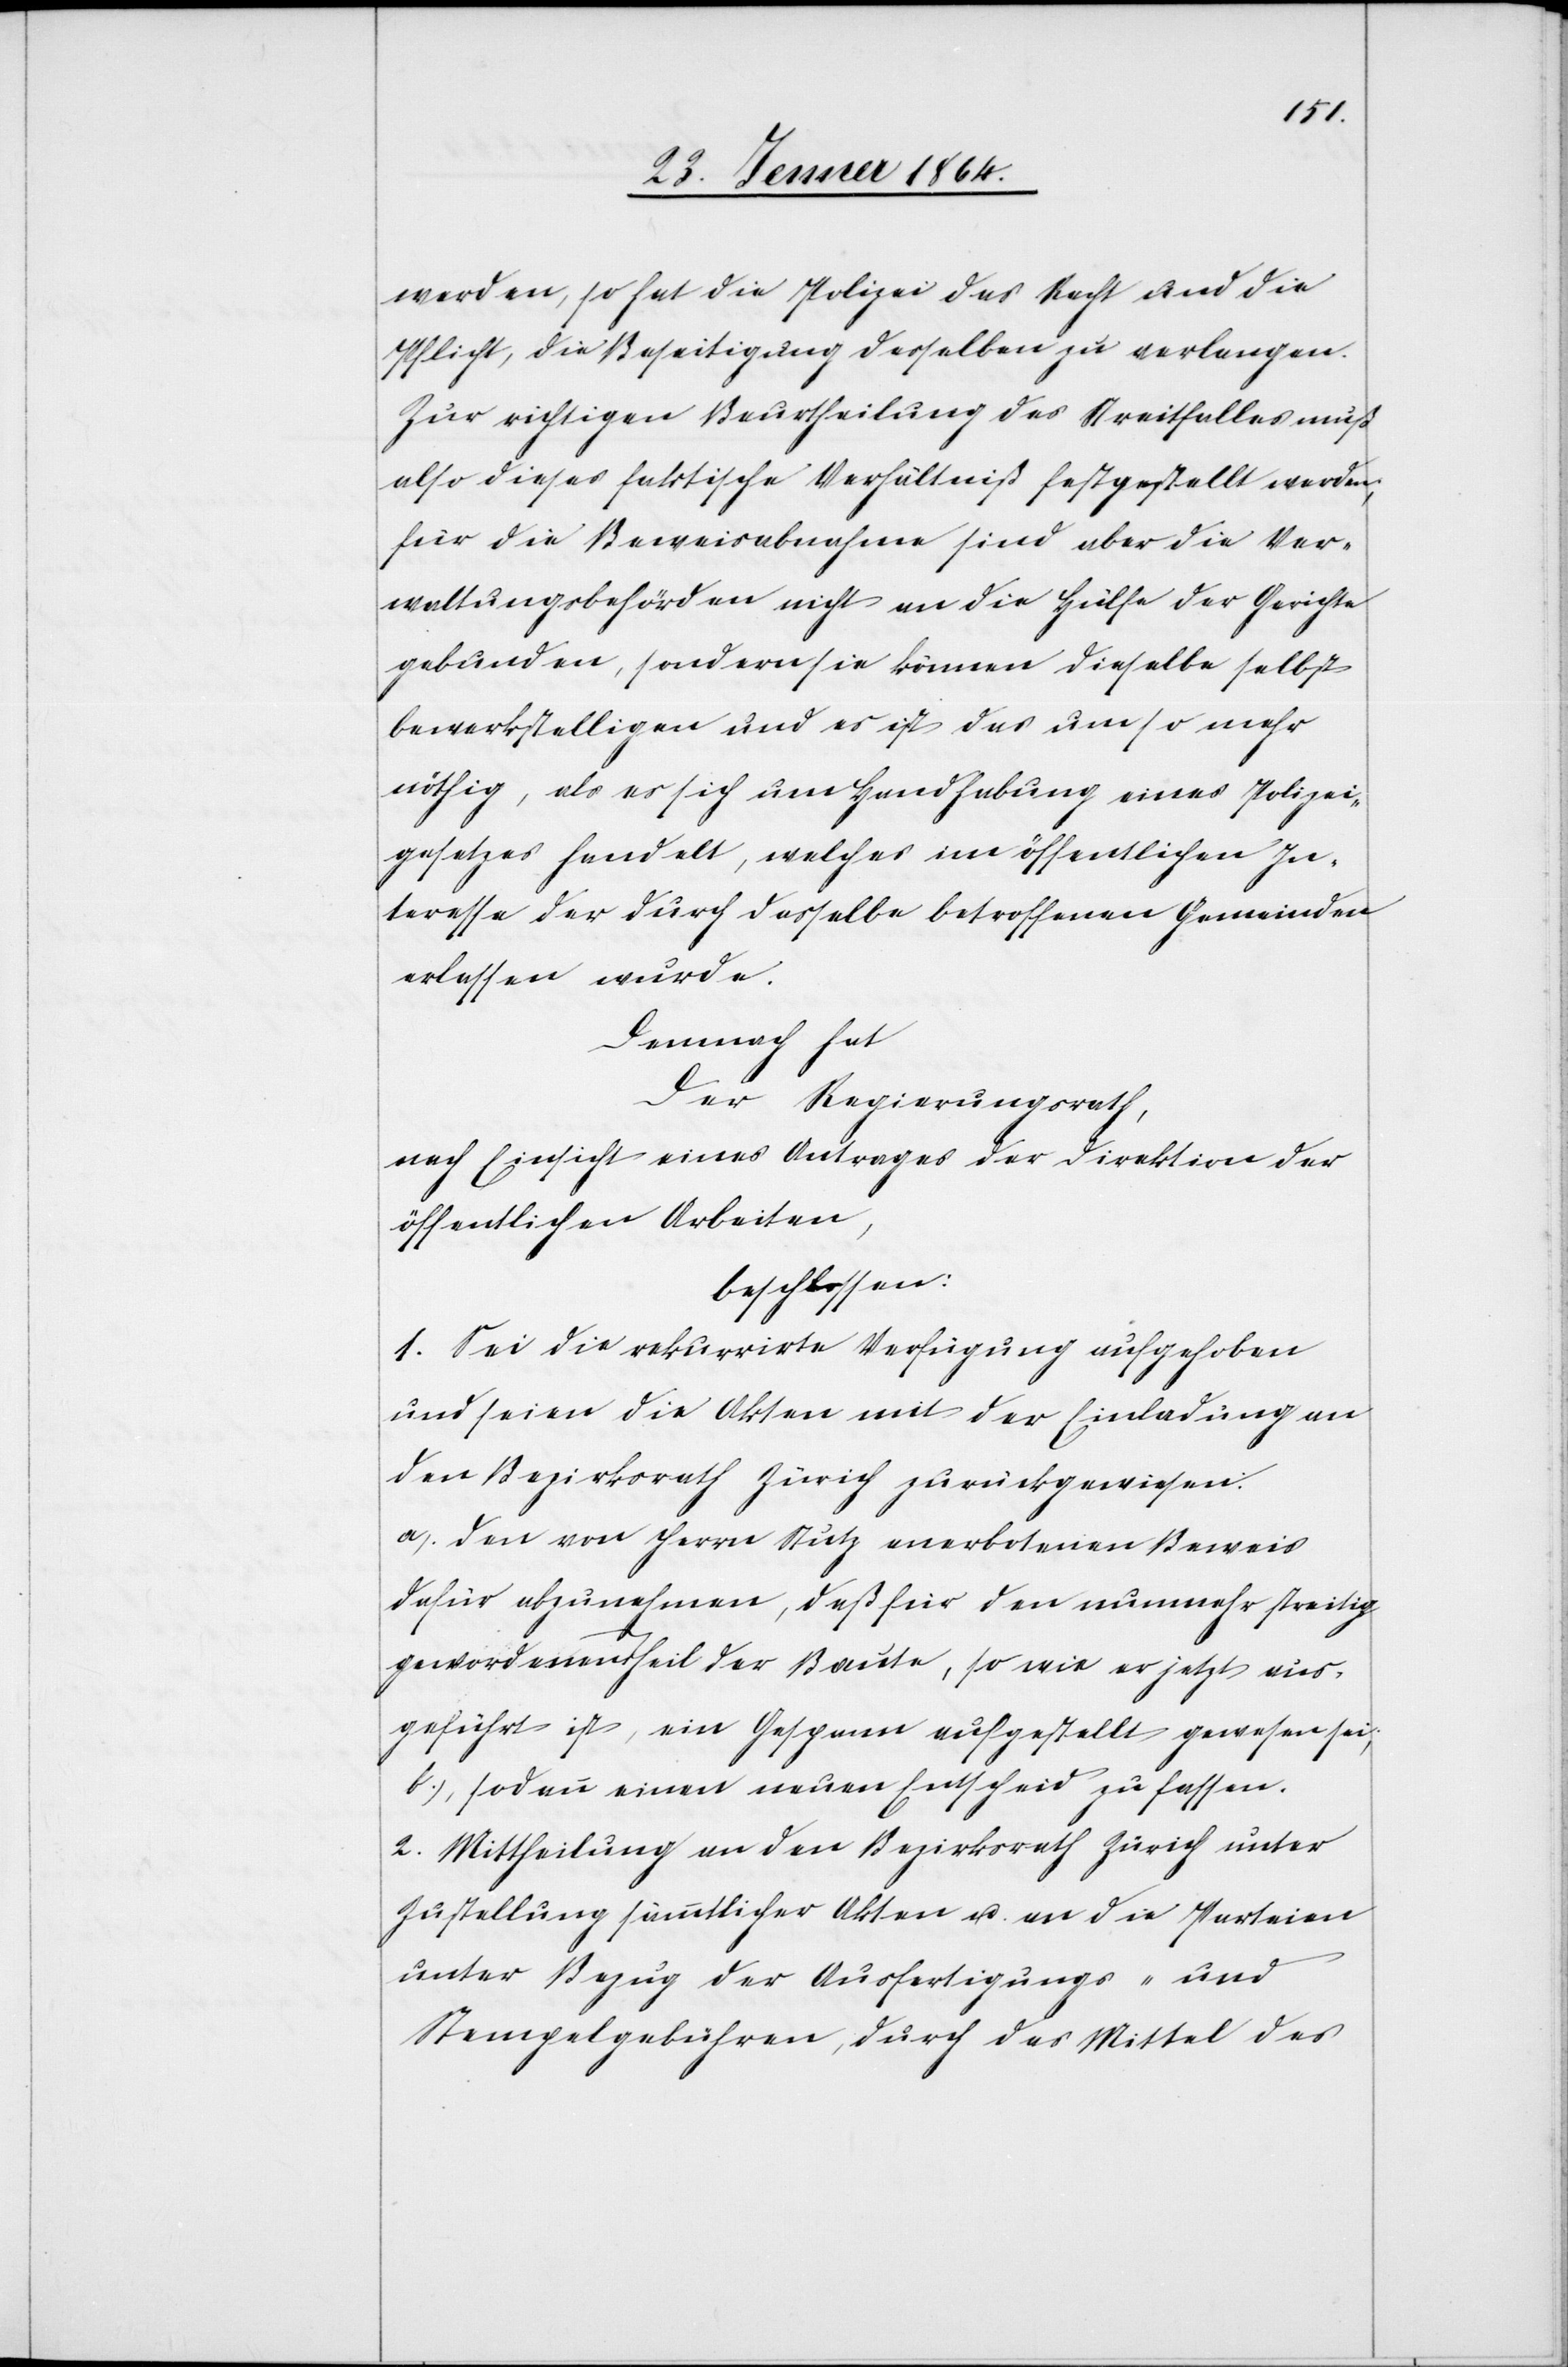
werden, so hat die Polizei das Recht und die
Pflicht, die Beseitigung derselben zu verlangen.
Zur richtigen Beurtheilung des Streitfalles muß
also dieses faktische Verhältniß festgestellt werden,
für die Beweisabnahme sind aber die Ver¬
waltungsbehörden nicht an die Hülfe der Gerichte
gebunden, sondern sie können dieselbe selbst
bewerkstelligen und es ist das um so mehr
nöthig, als es sich um Handhabung eines Polizei¬
gesetzes handelt, welches im öffentlichen In¬
teresse der durch dasselbe betroffenen Gemeinden
erlassen wurde.
Demnach hat
Der Regierungsrath,
nach Einsicht eines Antrages der Direktion der
öffentlichen Arbeiten,
beschlossen:
1. Sei die rekurrirte Verfügung aufgehoben
und seien die Akten mit der Einladung an
den Bezirksrath Zürich zurückgewiesen:
a) den von Herrn Stutz anerbotenen Beweis
dafür abzunehmen, daß für den nunmehr streitig
gewordenen Theil der Baute, so wie er jetzt vor¬
geführt ist, ein Gespann aufgestellt gewesen sei;
b) sodann einen neuen Entscheid zu fassen.
2. Mittheilung an den Bezirksrath Zürich unter
Zustellung sämmtlicher Akten u. an die Parteien
unter Bezug der Ausfertigungs- und
Stempelgebühren, durch das Mittel des